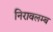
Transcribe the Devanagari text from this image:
निरावलम्ब